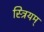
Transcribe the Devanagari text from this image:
स्त्रियम्